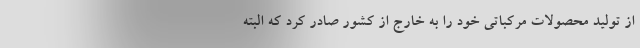
از تولید محصولات مرکباتی خود را به خارج از کشور صادر کرد که البته